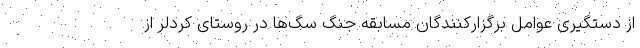
از دستگیری عوامل برگزارکنندگان مسابقه جنگ سگ‌ها در روستای کردلر از